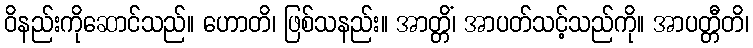
ဝိနည်းကိုဆောင်သည်။ ဟောတိ၊ ဖြစ်သနည်း။ အာတ္တိံ၊ အာပတ်သင့်သည်ကို။ အာပတ္တီတိ၊